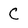
Character: C